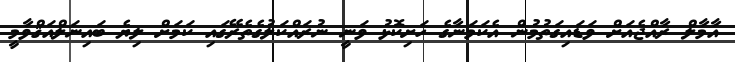
އާމާލް ރާއްޖެއަށް ވަޑައިގަތުމުން އެކަމަނާގެ ހަށިކޮޅު ވަނީ ނުރައްކަލުގެތެރޭގައި ކަމަށް ލިޔެ ބައިނަލްއަޤްވާމީ